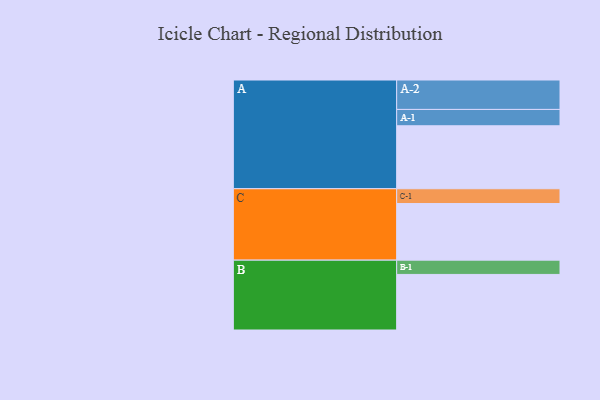
{"axis": {"x": "Segment", "y": "Value"}, "legend": ["", "A", "B", "C"], "data": [{"x": "A", "y": 366, "type": ""}, {"x": "B", "y": 323, "type": ""}, {"x": "C", "y": 329, "type": ""}, {"x": "A-1", "y": 95, "type": "A"}, {"x": "A-2", "y": 171, "type": "A"}, {"x": "B-1", "y": 83, "type": "B"}, {"x": "C-1", "y": 86, "type": "C"}]}